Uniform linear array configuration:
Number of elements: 16
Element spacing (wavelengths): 0.75
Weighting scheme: cosine
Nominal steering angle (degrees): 60
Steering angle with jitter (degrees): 60.793
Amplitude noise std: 0.05
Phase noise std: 0.05

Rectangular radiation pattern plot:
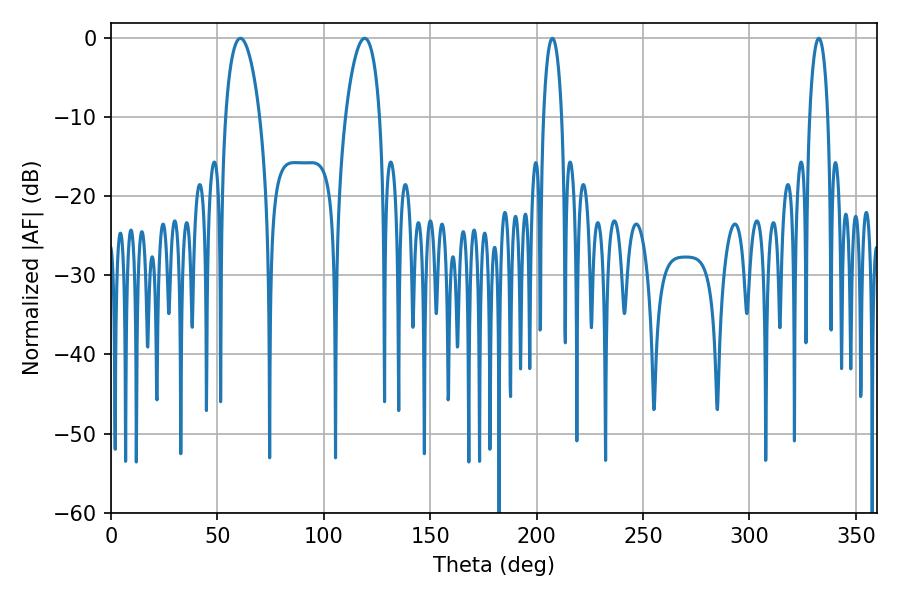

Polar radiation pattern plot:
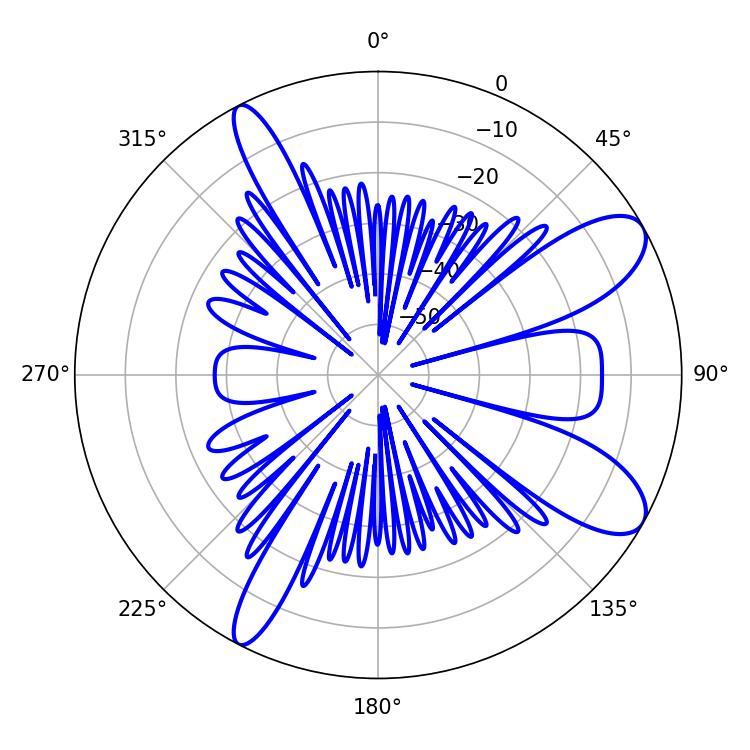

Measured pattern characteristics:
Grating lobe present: TRUE
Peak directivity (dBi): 9.602
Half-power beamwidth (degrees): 9.18
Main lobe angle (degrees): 60.84